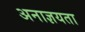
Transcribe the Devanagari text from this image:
अनाज्ञयता